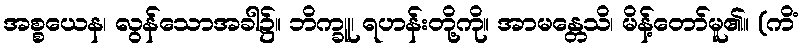
အစ္စယေန၊ လွန်သောအခါ၌။ ဘိက္ခူ၊ ရဟန်းတို့ကို။ အာမန္တေသိ၊ မိန့်တော်မူ၏။ (ကိံ